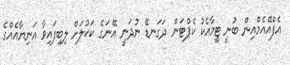
އެފްއޭއެމްއިން ބުނީ ޓީމާއެކު ކެޕްޓަން ދަގަނޑޭ ނުދަނީ އޭނަގެ ކަކުލަށް ލިބިފައިވާ އަނިޔާއެއްގެ